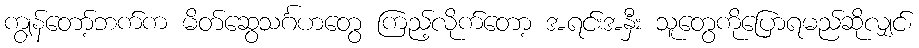
ကျွန်တော့်ဘက်က မိတ်ဆွေသင်္ဂဟတွေ ကြည့်လိုက်တော့ အရင်းအနှီး သူတွေကိုပြောရမည်ဆိုလျှင်၊